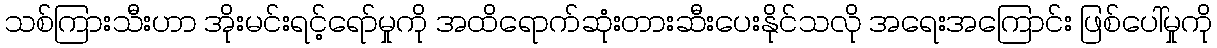
သစ်ကြားသီးဟာ အိုးမင်းရင့်ရော်မှုကို အထိရောက်ဆုံးတားဆီးပေးနိုင်သလို အရေးအကြောင်း ဖြစ်ပေါ်မှုကို